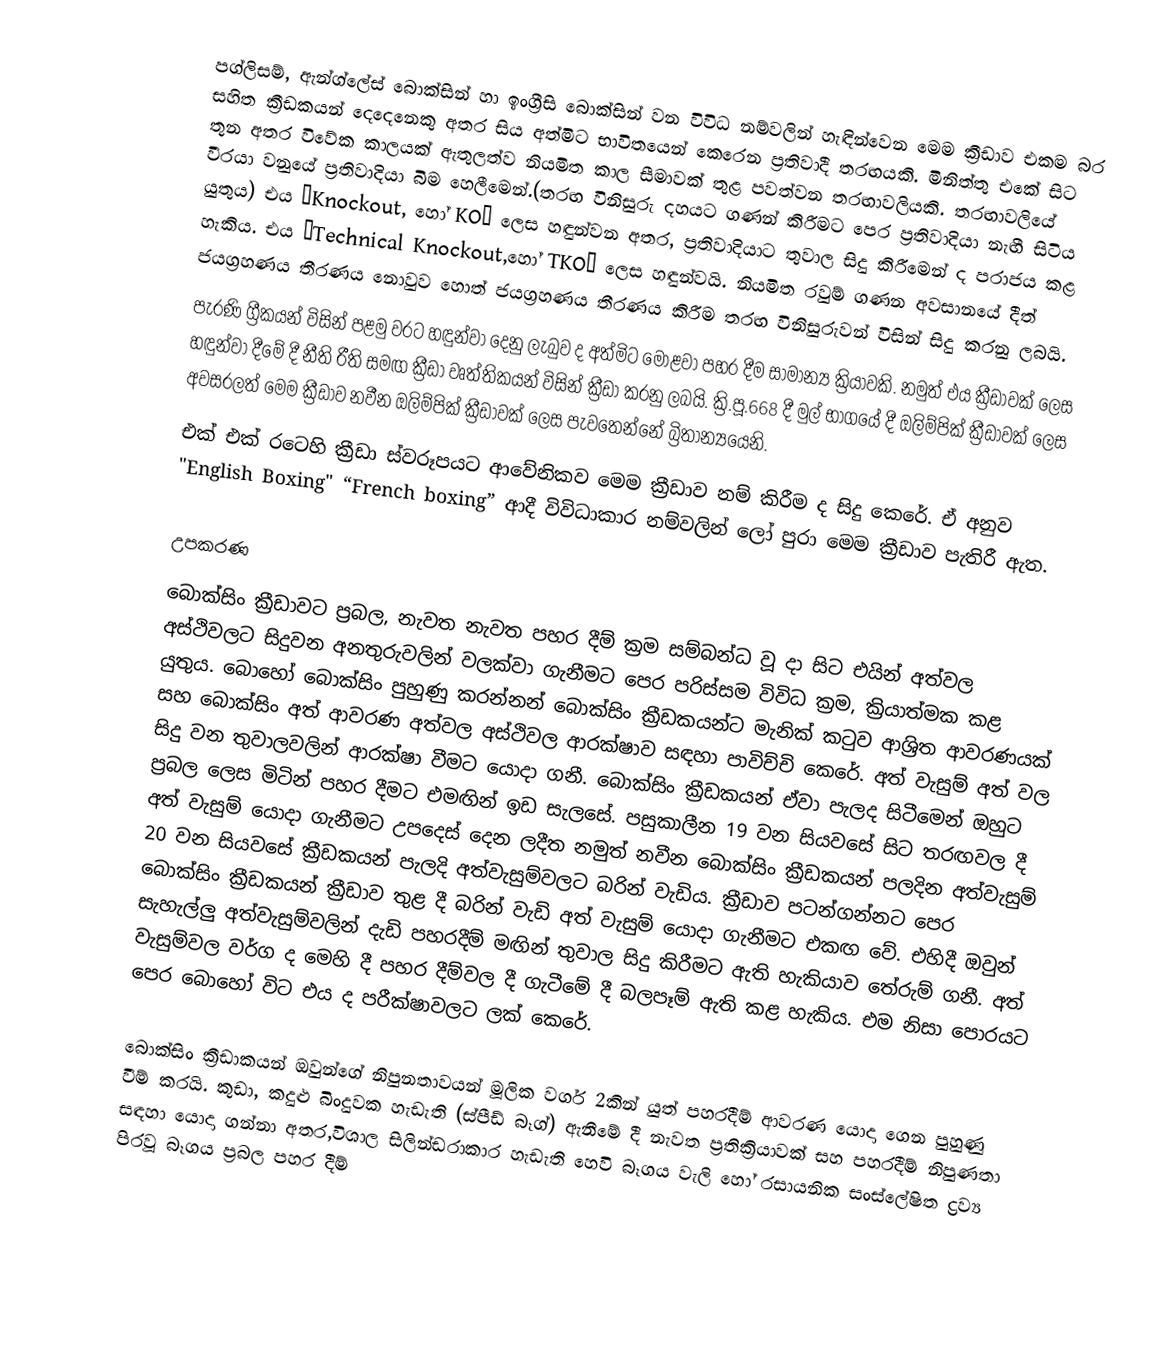
පග්ලිසම්, ඇන්ග්ලේස් බොක්සින් හා ඉංග්‍රීසි බොක්සින් වන විවිධ නම්වලින් හැඳින්වෙන මෙම ක්‍රීඩාව එකම බර සහිත ක්‍රීඩකයන් දෙදෙනෙකු අතර සිය අත්මිට භාවිතයෙන් කෙරෙන ප්‍රතිවාදී තරඟයකි. මිනිත්තු එකේ සිට තුන අතර විවේක කාලයක් ඇතුලත්ව නියමිත කාල සීමාවක් තුළ පවත්වන තරඟාවලියකි. තරඟාවලියේ වීරයා වනුයේ ප්‍රතිවාදියා බිම හෙලීමෙන්.(තරඟ විනිසුරු දහයට ගණන් කිරීමට පෙර ප්‍රතිවාදියා නැඟී සිටිය යුතුය) එය “Knockout, හෝ KO” ලෙස හඳුන්වන අතර, ප්‍රතිවාදියාට තුවාල සිදු කිරීමෙන් ද පරාජය කළ හැකිය. එය “Technical Knockout,හෝ TKO” ලෙස හඳුන්වයි. නියමිත රවුම් ගණන අවසානයේ දීත් ජයග්‍රහණය තීරණය නොවුව හොත් ජයග්‍රහණය තීරණය කිරීම තරඟ විනිසුරුවන් විසින් සිදු කරනු ලබයි.
පැරණි ග්‍රීකයන් විසින් පළමු වරට හඳුන්වා දෙනු ලැබුව ද අත්මිට මොළවා පහර දීම සාමාන්‍ය ක්‍රියාවකි. නමුත් එය ක්‍රීඩාවක් ලෙස හඳුන්වා ‍දීමේ දී නීති රීති සමඟ ක්‍රීඩා වෘත්තිකයන් විසින් ක්‍රීඩා කරනු ලබයි. ක්‍රි.පූ.668 දී මුල් භාගයේ දී ඔලිම්පික් ක්‍රීඩාවක් ලෙස අවසරලත් මෙම ක්‍රීඩාව නවීන ඔලිම්පික් ක්‍රීඩාවක් ලෙස පැවතෙන්නේ බ්‍රිතාන්‍යයෙනි.
එක් එක් රටෙහි ක්‍රීඩා ස්වරූපයට ආවේනිකව මෙම ක්‍රීඩාව නම් කිරීම ද සිදු කෙරේ. ඒ අනුව "English Boxing" “French boxing” ආදී විවිධාකාර නම්වලින් ලෝ පුරා මෙම ක්‍රීඩාව පැතිරී ඇත.

උපකරණ
බොක්සිං ක්‍රීඩාවට ප්‍රබල, නැවත නැවත පහර දීම් ක්‍රම සම්බන්ධ වූ දා සිට එයින් අත්වල අස්ථිවලට සිදුවන අනතුරුවලින් වලක්වා ගැනීමට පෙර පරිස්සම විවිධ ක්‍රම, ක්‍රියාත්මක කළ යුතුය. බොහෝ බොක්සිං පුහුණු කරන්නන් බොක්සිං ක්‍රීඩකයන්ට මැනික් කටුව ආශ්‍රිත ආවරණයක් සහ බොක්සිං අත් ආවරණ අත්වල අස්ථිවල ආරක්ෂාව සඳහා පාවිච්චි කෙරේ. අත් වැසුම් අත් වල සිදු වන තුවාලවලින් ආරක්ෂා වීමට යොදා ගනී. බොක්සිං ක්‍රීඩකයන් ඒවා පැලද සිටීමෙන් ඔහුට ප්‍රබල ලෙස මිටින් පහර දීමට එමඟින් ඉඩ සැලසේ. පසුකාලීන 19 වන සියවසේ සිට තරඟවල දී අත් වැසුම් යොදා ගැනීමට උපදෙස් දෙන ලදීත නමුත් නවීන බොක්සිං ක්‍රීඩකයන් පලදින අත්වැසුම් 20 වන සියවසේ ක්‍රීඩකයන් පැලදි අත්වැසුම්වලට බරින් වැඩිය. ක්‍රීඩාව පටන්ගන්නට පෙර බොක්සිං ක්‍රීඩකයන් ක්‍රීඩාව තුළ දී බරින් වැඩි අත් වැසුම් යොදා ගැනීමට එකඟ වේ. එහිදී ඔවුන් සැහැල්ලු අත්වැසුම්වලින් දැඩි පහරදීම් මඟින් තුවාල සිදු කිරීමට ඇති හැකියාව තේරුම් ගනී. අත් වැසුම්වල වර්ග ද මෙහි දී පහර දීම්වල දී ගැටීමේ දී බලපෑම් ඇති කළ හැකිය. එම නිසා පොරයට පෙර බොහෝ විට එය ද පරීක්ෂාවලට ලක් කෙරේ.

බොක්සිං ක්‍රීඩාකයන් ඔවුන්ගේ නිපුනතාවයන් මූලික වර්ග 2කින් යුත් පහරදීම් ආවරණ යොදා ගෙන පුහුණු වීම් කරයි. කුඩා, කදුළු බිංදුවක හැඩැති (ස්පීඩ් බෑග්) ඇනීමේ දී නැවත ප්‍රතික්‍රියාවක් සහ පහරදීම් නිපුණතා සඳහා යොදා ගන්නා අතර,විශාල සිලින්ඩරාකාර හැඩැති හෙවි බෑගය වැලි හෝ රසායනික සංස්ලේෂිත ද්‍රව්‍ය පිරවූ බෑගය ප්‍රබල පහර දීම්